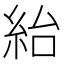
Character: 紿